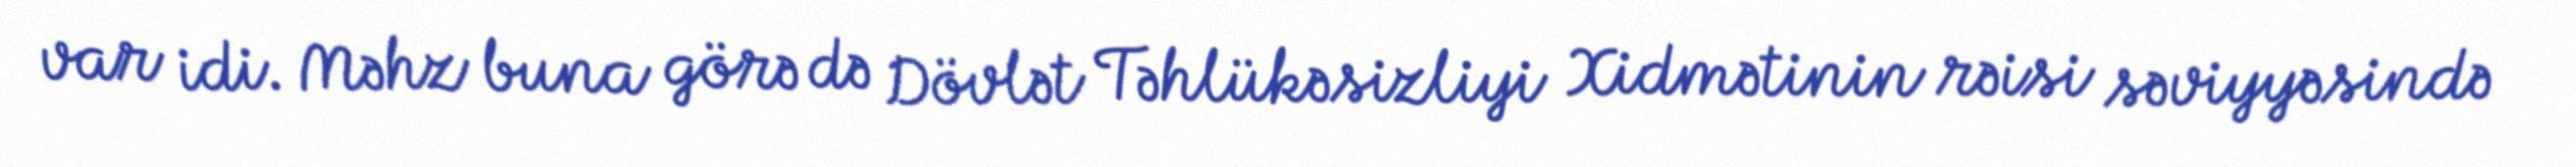
var idi. Məhz buna görə də Dövlət Təhlükəsizliyi Xidmətinin rəisi səviyyəsində